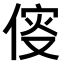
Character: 𠋢